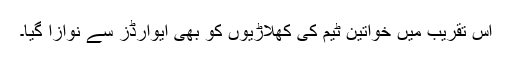
اس تقریب میں خواتین ٹیم کی کھلاڑیوں کو بھی ایوارڈز سے نوازا گیا۔